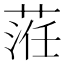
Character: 𦴷